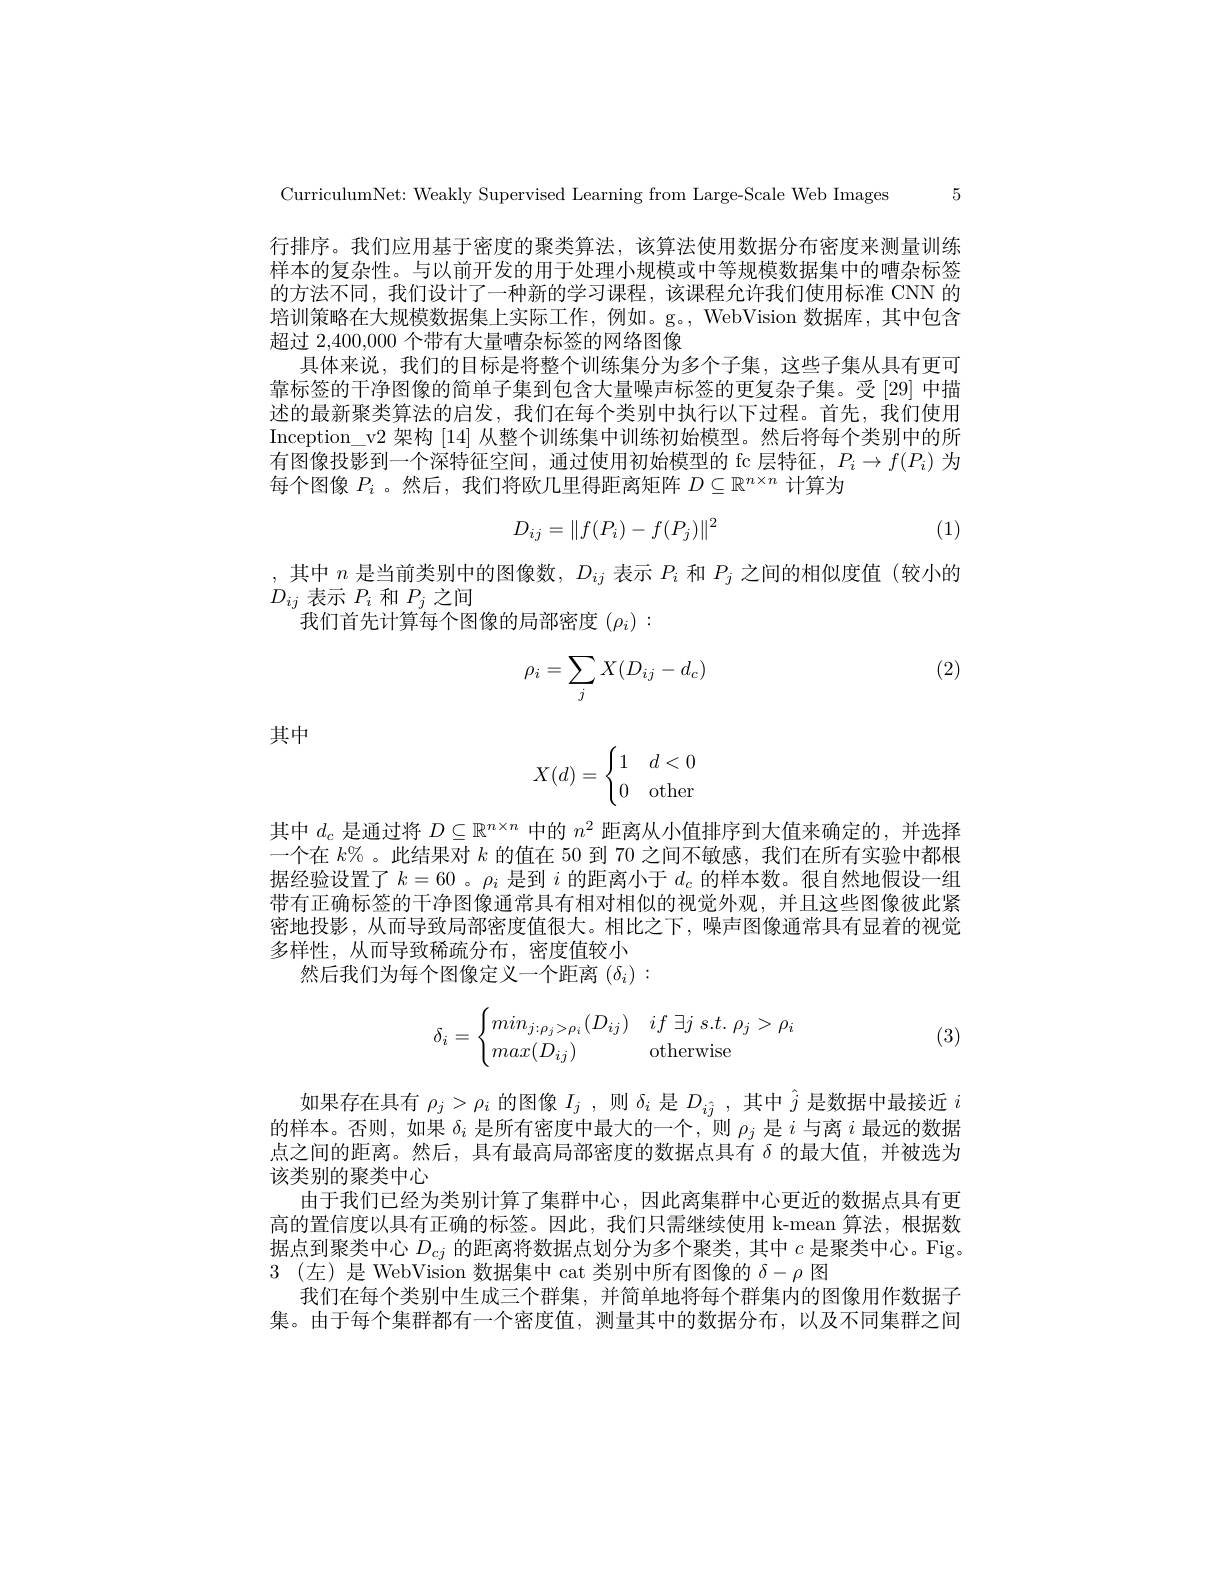
CurriculumNet: Weakly Supervised Learning from Large-Scale Web Images 5

行排序。我们应用基于密度的聚类算法，该算法使用数据分布密度来测量训练样本的复杂性。与以前开发的用于处理小规模或中等规模数据集中的嘈杂标签的方法不同，我们设计了一种新的学习课程，该课程允许我们使用标准 CNN 的培训策略在大规模数据集上实际工作，例如。g。, WebVision 数据库，其中包含超过 2,400,000 个带有大量嘈杂标签的网络图像
具体来说，我们的目标是将整个训练集分为多个子集，这些子集从具有更可靠标签的干净图像的简单子集到包含大量噪声标签的更复杂子集。受[29] 中描述的最新聚类算法的启发，我们在每个类别中执行以下过程。首先，我们使用Inception\_v2 架构 [14] 从整个训练集中训练初始模型。然后将每个类别中的所有图像投影到一个深特征空间，通过使用初始模型的 fc 层特征，$P_i\to f(P_i)$为每个图像$P_i$ 。然后，我们将欧几里得距离矩阵$D\subseteq\mathbb{R}^n\times n$计算为
$$D_{ij}=\|f(P_i)-f(P_j)\|^2$$
(1)

,其中$n$是当前类别中的图像数，$D_{ij}$表示$P_i$和$P_j$之间的相似度值(较小的
$D_{ij}$表示$P_i$和$P_j$之间
我们首先计算每个图像的局部密度$(\rho_i):$

(2)
$$\rho_i=\sum_jX(D_{ij}-d_c)$$
$$X(d)=\begin{cases}1&d<0\\0&\text{other}\end{cases}$$
其中

其中$d_c$是通过将$D\subseteq\mathbb{R}^n\times n$中的$n^2$距离从小值排序到大值来确定的，并选择一个在$k\%$ 。此结果对$k$的值在 50 到 70 之间不敏感，我们在所有实验中都根据经验设置了$k=60$ 。$\rho_i$是到$i$的距离小于$d_c$的样本数。很自然地假设一组带有正确标签的干净图像通常具有相对相似的视觉外观，并且这些图像彼此紧密地投影，从而导致局部密度值很大。相比之下，噪声图像通常具有显着的视觉多样性，从而导致稀疏分布，密度值较小
然后我们为每个图像定义一个距离$(\delta_i):$
$$\delta_i=\begin{cases}min_{j:\rho_j>\rho_i}(D_{ij})&if\:\exists j\:s.t.\:\rho_j>\rho_i\\max(D_{ij})&\text{otherwise}\end{cases}$$
(3)

如果存在具有$\rho_j>\rho_i$的图像$I_j$,则$\delta_i$是$D_{\hat{i}\hat{j}}$,其中$\hat{j}$是数据中最接近$i$ 的样本。否则，如果$\delta_i$是所有密度中最大的一个，则$\rho_j$是$i$与离$i$最远的数据点之间的距离。然后，具有最高局部密度的数据点具有$\delta$的最大值，并被选为该类别的聚类中心
由于我们已经为类别计算了集群中心，因此离集群中心更近的数据点具有更高的置信度以具有正确的标签。因此，我们只需继续使用 k-mean 算法，根据数据点到聚类中心$D_{cj}$的距离将数据点划分为多个聚类，其中$c$是聚类中心。Fig。3(左)是 WebVision 数据集中 cat 类别中所有图像的$\delta-\rho$图
我们在每个类别中生成三个群集，并简单地将每个群集内的图像用作数据子集。由于每个集群都有一个密度值，测量其中的数据分布，以及不同集群之间